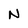
Character: N